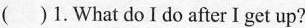
( )1.What do I do after I get up?